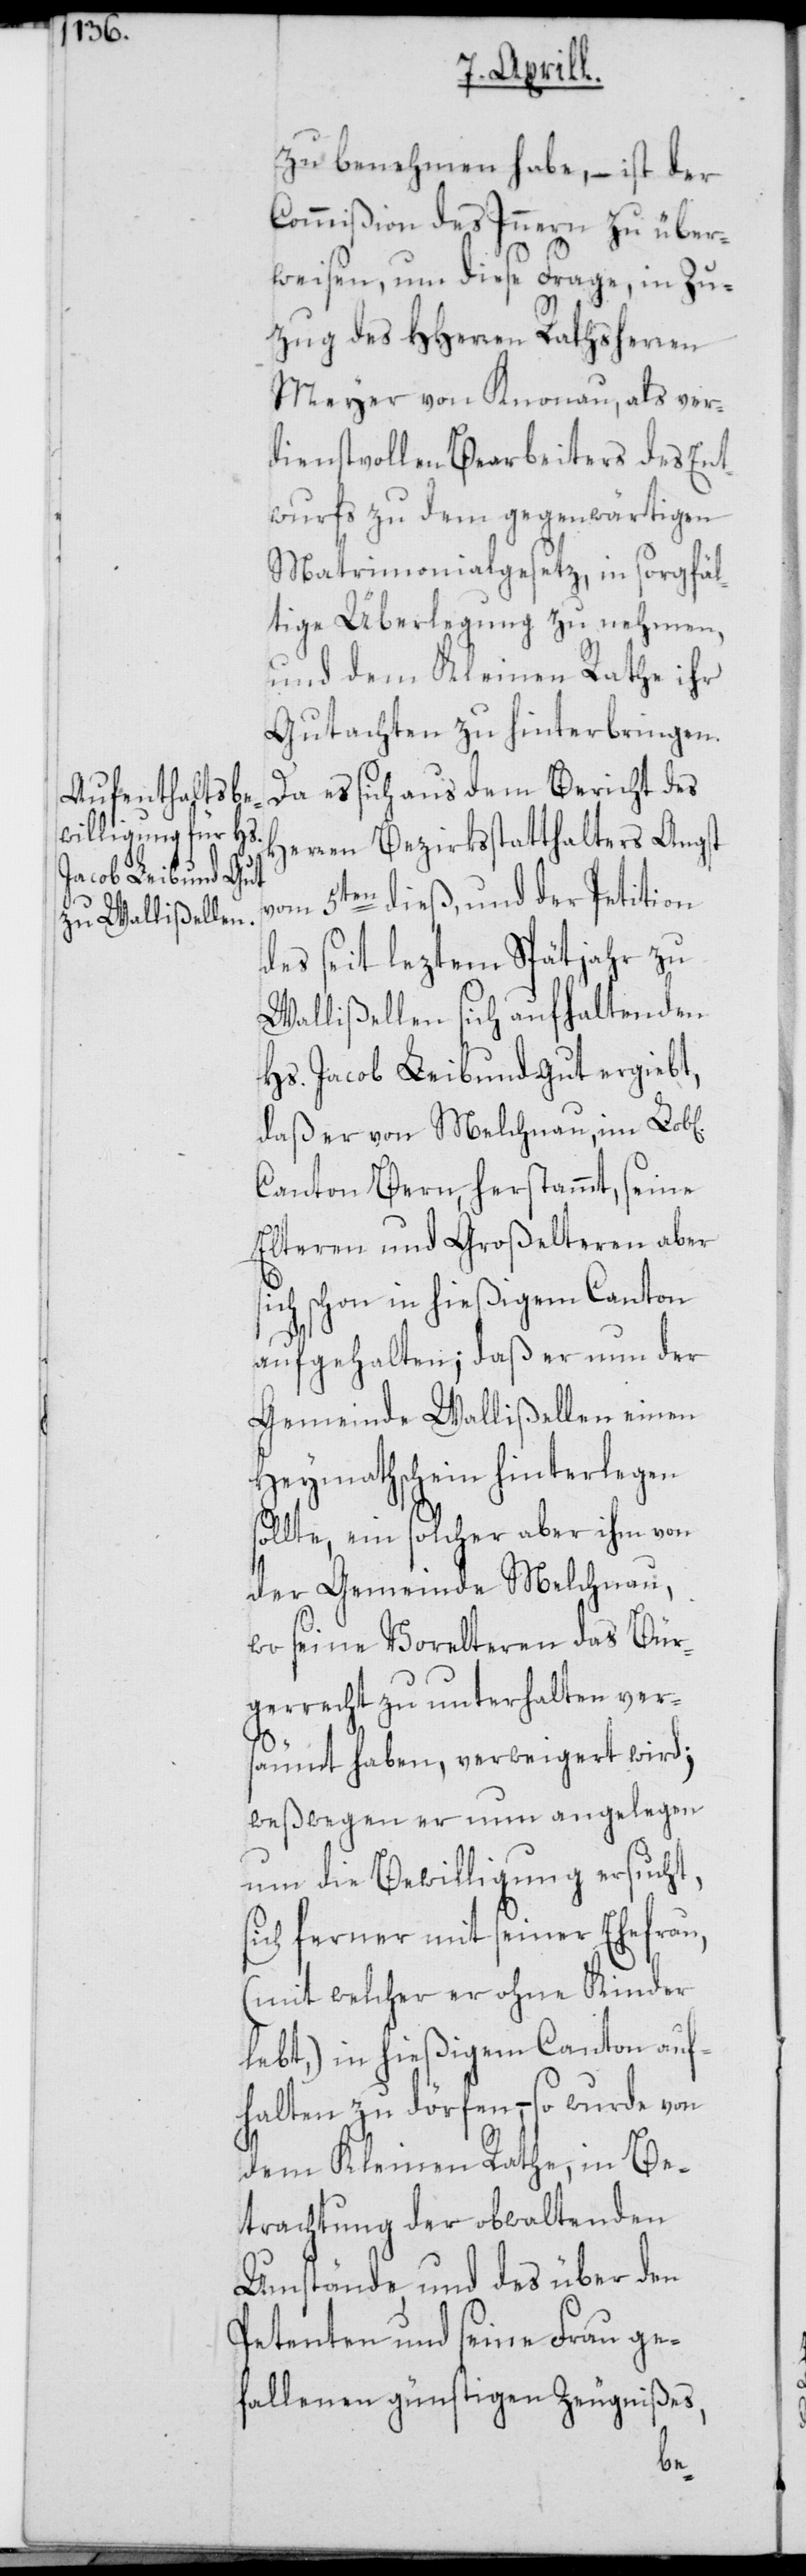
zu benehmen habe, – ist der
Commißion des Inneren zu über¬
weisen, um diese Frage, in Zu¬
zug des HHerren Rathsherren
Meyer von Knonau, als ver¬
dienstvollen Bearbeiters des Ent¬
wurfs zu dem gegenwärtigen
Matrimonialgesetz, in sorgfäl¬
tige Überlegung zu nehmen,
und dem Kleinen Rathe ihr
Gutachten zu hinterbringen.
Da es sich aus dem Bericht des
Herren Bezirksstatthalters Angst
vom 5ten dieß, und der Petition
des seit leztem Spätjahr zu
Wallißellen sich aufhaltenden
Hs. Jacob Leib und Gut ergiebt,
daß er von Melchnau, im
Canton Bern, herstammt, seine
Elteren und Großelteren aber
sich schon in hießigem Canton
aufgehalten; daß er nun der
Gemeinde Wallißellen einen
Heymathschein hinterlegen
sollte, ein solcher aber ihm von
der Gemeinde Melchnau,
wo seine Vorelteren das Bür¬
gerrecht zu unterhalten ver¬
säumt haben, verweigert wird;
weswegen er nun angelegen
um die Bewilligung ersucht,
sich ferner mit seiner Ehefrau,
(mit welcher er ohne Kinder
lebt,) in hießigem Canton auf¬
halten zu dörfen, – so wurde von
dem Kleinen Rathe, in Be¬
trachtung der obwaltenden
Umstände, und des über den
Petenten und seine Frau ge¬
fallenen günstigen Zeugnißes,